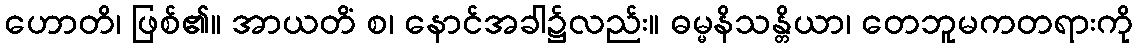
ဟောတိ၊ ဖြစ်၏။ အာယတိံ စ၊ နောင်အခါ၌လည်း။ ဓမ္မနိသန္တိယာ၊ တေဘူမကတရားကို